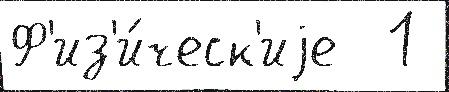
Ф'из'и́ческ'иjе  1